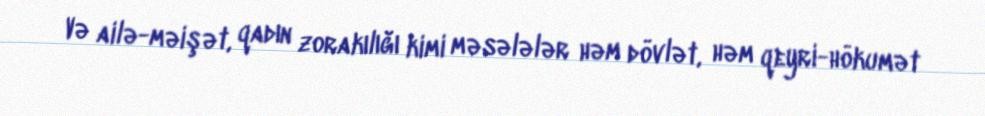
Və ailə-məişət, qadın zorakılığı kimi məsələlər həm dövlət, həm qeyri-hökumət